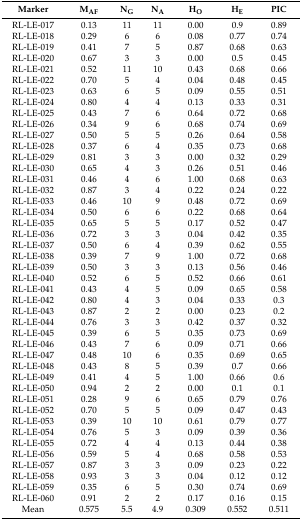
<table><thead><tr><td><b>Marker</b></td><td><b>M<sub>AF</sub></b></td><td><b>N<sub>G</sub></b></td><td><b>N<sub>A</sub></b></td><td><b>H<sub>O</sub></b></td><td><b>H<sub>E</sub></b></td><td><b>PIC</b></td></tr></thead><tbody><tr><td>RL-LE-017</td><td>0.13</td><td>11</td><td>11</td><td>0.00</td><td>0.9</td><td>0.89</td></tr><tr><td>RL-LE-018</td><td>0.29</td><td>6</td><td>6</td><td>0.08</td><td>0.77</td><td>0.74</td></tr><tr><td>RL-LE-019</td><td>0.41</td><td>7</td><td>5</td><td>0.87</td><td>0.68</td><td>0.63</td></tr><tr><td>RL-LE-020</td><td>0.67</td><td>3</td><td>3</td><td>0.00</td><td>0.5</td><td>0.45</td></tr><tr><td>RL-LE-021</td><td>0.52</td><td>11</td><td>10</td><td>0.43</td><td>0.68</td><td>0.66</td></tr><tr><td>RL-LE-022</td><td>0.70</td><td>5</td><td>4</td><td>0.04</td><td>0.48</td><td>0.45</td></tr><tr><td>RL-LE-023</td><td>0.63</td><td>6</td><td>5</td><td>0.09</td><td>0.55</td><td>0.51</td></tr><tr><td>RL-LE-024</td><td>0.80</td><td>4</td><td>4</td><td>0.13</td><td>0.33</td><td>0.31</td></tr><tr><td>RL-LE-025</td><td>0.43</td><td>7</td><td>6</td><td>0.64</td><td>0.72</td><td>0.68</td></tr><tr><td>RL-LE-026</td><td>0.34</td><td>9</td><td>6</td><td>0.68</td><td>0.74</td><td>0.69</td></tr><tr><td>RL-LE-027</td><td>0.50</td><td>5</td><td>5</td><td>0.26</td><td>0.64</td><td>0.58</td></tr><tr><td>RL-LE-028</td><td>0.37</td><td>6</td><td>4</td><td>0.35</td><td>0.73</td><td>0.68</td></tr><tr><td>RL-LE-029</td><td>0.81</td><td>3</td><td>3</td><td>0.00</td><td>0.32</td><td>0.29</td></tr><tr><td>RL-LE-030</td><td>0.65</td><td>4</td><td>3</td><td>0.26</td><td>0.51</td><td>0.46</td></tr><tr><td>RL-LE-031</td><td>0.46</td><td>4</td><td>6</td><td>1.00</td><td>0.68</td><td>0.63</td></tr><tr><td>RL-LE-032</td><td>0.87</td><td>3</td><td>4</td><td>0.22</td><td>0.24</td><td>0.22</td></tr><tr><td>RL-LE-033</td><td>0.46</td><td>10</td><td>9</td><td>0.48</td><td>0.72</td><td>0.69</td></tr><tr><td>RL-LE-034</td><td>0.50</td><td>6</td><td>6</td><td>0.22</td><td>0.68</td><td>0.64</td></tr><tr><td>RL-LE-035</td><td>0.65</td><td>5</td><td>5</td><td>0.17</td><td>0.52</td><td>0.47</td></tr><tr><td>RL-LE-036</td><td>0.72</td><td>3</td><td>3</td><td>0.04</td><td>0.42</td><td>0.35</td></tr><tr><td>RL-LE-037</td><td>0.50</td><td>6</td><td>4</td><td>0.39</td><td>0.62</td><td>0.55</td></tr><tr><td>RL-LE-038</td><td>0.39</td><td>7</td><td>9</td><td>1.00</td><td>0.72</td><td>0.68</td></tr><tr><td>RL-LE-039</td><td>0.50</td><td>3</td><td>3</td><td>0.13</td><td>0.56</td><td>0.46</td></tr><tr><td>RL-LE-040</td><td>0.52</td><td>6</td><td>5</td><td>0.52</td><td>0.66</td><td>0.61</td></tr><tr><td>RL-LE-041</td><td>0.43</td><td>4</td><td>5</td><td>0.09</td><td>0.65</td><td>0.58</td></tr><tr><td>RL-LE-042</td><td>0.80</td><td>4</td><td>3</td><td>0.04</td><td>0.33</td><td>0.3</td></tr><tr><td>RL-LE-043</td><td>0.87</td><td>2</td><td>2</td><td>0.00</td><td>0.23</td><td>0.2</td></tr><tr><td>RL-LE-044</td><td>0.76</td><td>3</td><td>3</td><td>0.42</td><td>0.37</td><td>0.32</td></tr><tr><td>RL-LE-045</td><td>0.39</td><td>6</td><td>5</td><td>0.35</td><td>0.73</td><td>0.69</td></tr><tr><td>RL-LE-046</td><td>0.43</td><td>7</td><td>6</td><td>0.09</td><td>0.71</td><td>0.66</td></tr><tr><td>RL-LE-047</td><td>0.48</td><td>10</td><td>6</td><td>0.35</td><td>0.69</td><td>0.65</td></tr><tr><td>RL-LE-048</td><td>0.43</td><td>8</td><td>5</td><td>0.39</td><td>0.7</td><td>0.66</td></tr><tr><td>RL-LE-049</td><td>0.41</td><td>4</td><td>5</td><td>1.00</td><td>0.66</td><td>0.6</td></tr><tr><td>RL-LE-050</td><td>0.94</td><td>2</td><td>2</td><td>0.00</td><td>0.1</td><td>0.1</td></tr><tr><td>RL-LE-051</td><td>0.28</td><td>9</td><td>6</td><td>0.65</td><td>0.79</td><td>0.76</td></tr><tr><td>RL-LE-052</td><td>0.70</td><td>5</td><td>5</td><td>0.09</td><td>0.47</td><td>0.43</td></tr><tr><td>RL-LE-053</td><td>0.39</td><td>10</td><td>10</td><td>0.61</td><td>0.79</td><td>0.77</td></tr><tr><td>RL-LE-054</td><td>0.76</td><td>5</td><td>3</td><td>0.09</td><td>0.39</td><td>0.36</td></tr><tr><td>RL-LE-055</td><td>0.72</td><td>4</td><td>4</td><td>0.13</td><td>0.44</td><td>0.38</td></tr><tr><td>RL-LE-056</td><td>0.59</td><td>5</td><td>4</td><td>0.68</td><td>0.58</td><td>0.53</td></tr><tr><td>RL-LE-057</td><td>0.87</td><td>3</td><td>3</td><td>0.09</td><td>0.23</td><td>0.22</td></tr><tr><td>RL-LE-058</td><td>0.93</td><td>3</td><td>3</td><td>0.04</td><td>0.12</td><td>0.12</td></tr><tr><td>RL-LE-059</td><td>0.35</td><td>6</td><td>5</td><td>0.30</td><td>0.74</td><td>0.69</td></tr><tr><td>RL-LE-060</td><td>0.91</td><td>2</td><td>2</td><td>0.17</td><td>0.16</td><td>0.15</td></tr><tr><td>Mean</td><td>0.575</td><td>5.5</td><td>4.9</td><td>0.309</td><td>0.552</td><td>0.511</td></tr></tbody></table>